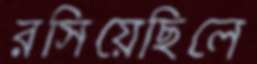
রসিয়েছিলে